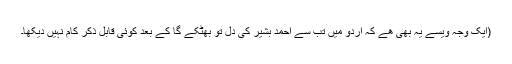
(ایک وجہ ویسے یہ بھی ھے کہ اردو میں تب سے احمد بشیر کی دل تو بھٹکے گا کے بعد کوئی قابل ذکر کام نہیں دیکھا۔